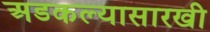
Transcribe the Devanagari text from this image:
अडकल्यासारखी